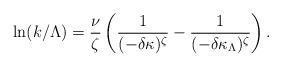
\begin{align*}\ln (k/\Lambda)=\frac{\nu}{\zeta}\left(\frac{1}{(-\delta\kappa)^\zeta}-\frac{1}{(-\delta\kappa_{\Lambda})^\zeta}\right).\end{align*}